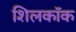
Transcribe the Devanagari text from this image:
शिलकॉक